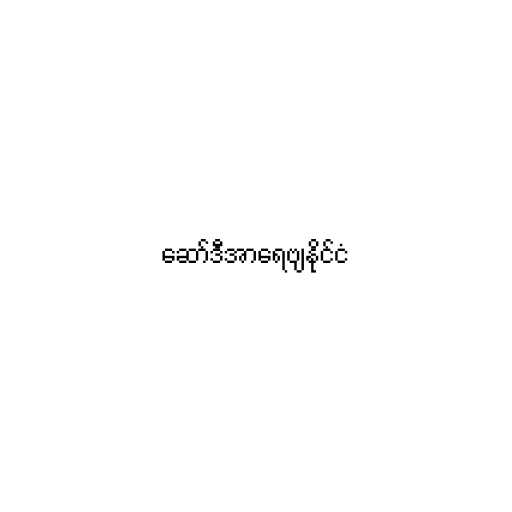
ဆော်ဒီအာရေဗျနိုင်ငံ